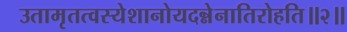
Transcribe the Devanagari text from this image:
उतामृतत्वस्येशानोयदन्नेनातिरोहति॥२॥